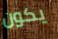
يكون